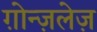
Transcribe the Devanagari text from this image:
ग़ोन्ज़लेज़